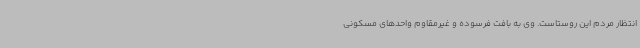
انتظار مردم این روستاست. وی به بافت فرسوده و غیرمقاوم واحدهای مسکونی